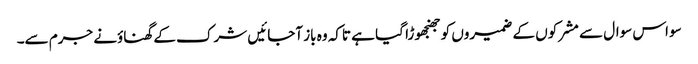
سو اس سوال سے مشرکوں کے ضمیروں کو جھنجھوڑا گیا ہے تاکہ وہ باز آجائیں شرک کے گھناؤنے جرم سے۔